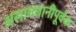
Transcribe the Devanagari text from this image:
असावधानीपूर्वक